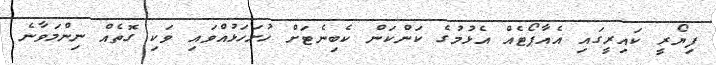
ފިޔޯރީ ކައިރީގައި އެއާޕޯޓެއް އެޅުމުގެ ކަންކަން ކެބިނެޓަށް ހުށަހަޅުއްވައި ވަކި ގޮތެއް ނިންމަވާނެ